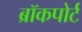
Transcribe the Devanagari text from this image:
ब्रॉकपोर्ट